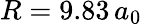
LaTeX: R=9.83\, a_{0}